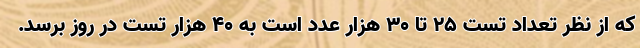
که از نظر تعداد تست ۲۵ تا ۳۰ هزار عدد است به ۴۰ هزار تست در روز برسد.